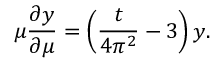
\mu \frac { \partial y } { \partial \mu } = \left( \frac { t } { 4 \pi ^ { 2 } } - 3 \right) y .